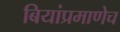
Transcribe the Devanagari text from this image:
बियांप्रमाणेच